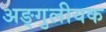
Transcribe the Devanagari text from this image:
अङ्गुलीयक